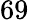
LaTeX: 69